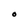
Character: O